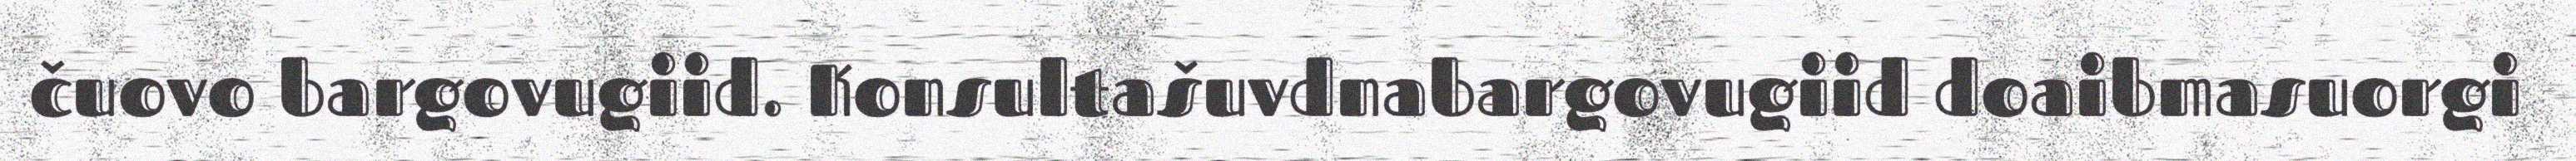
čuovo bargovugiid. Konsultašuvdnabargovugiid doaibmasuorgi